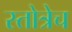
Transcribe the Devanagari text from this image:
स्तोत्रेच